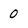
Character: 0